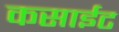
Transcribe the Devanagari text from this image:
कसाईट